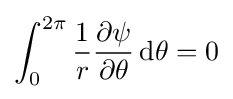
\int _{0}^{2\pi }{\frac {1}{r}}{\frac {\partial \psi }{\partial \theta }}\,\mathrm {d} \theta =0